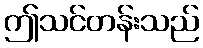
ဤသင်တန်းသည်